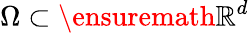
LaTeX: \Omega\subset\ensuremath{\mathbb{R}}^{d}